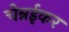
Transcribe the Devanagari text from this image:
चेन्नईकर